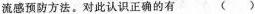
流感预防方法。对此认识正确的有（ ）